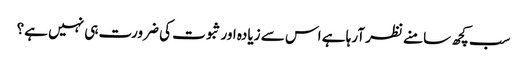
سب کچھ سامنے نظر آرہا ہے اس سے زیادہ اور ثبوت کی ضرورت ہی نہیں ہے؟